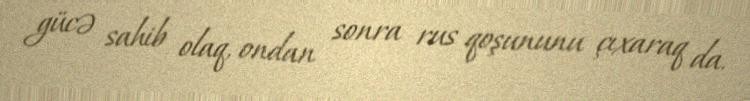
gücə sahib olaq, ondan sonra rus qoşununu çıxaraq da.